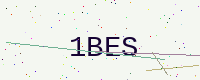
Text: 1BES